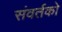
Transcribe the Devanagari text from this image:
संवर्तको